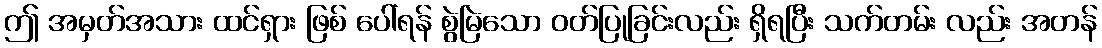
ဤ အမှတ်အသား ထင်ရှား ဖြစ် ပေါ်ရန် စွဲမြဲသော ဝတ်ပြုခြင်းလည်း ရှိရပြီး သက်တမ်း လည်း အတန်